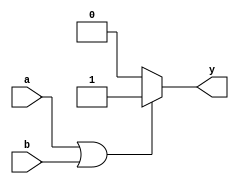
module OR ( a, b, y );
input a, b;
output reg y;

always@(*)

if( a || b )
	y = 1;
else
	y = 0;

endmodule